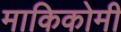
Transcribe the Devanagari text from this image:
माकिकोमी